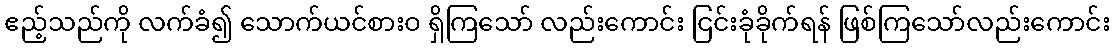
ဧည့်သည်ကို လက်ခံ၍ သောက်ယင်စားဝ ရှိကြသော် လည်းကောင်း ငြင်းခုံခိုက်ရန် ဖြစ်ကြသော်လည်းကောင်း